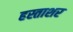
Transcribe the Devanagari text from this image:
हस्ताशर